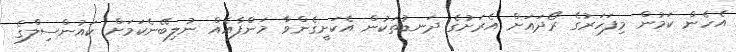
އެހެން ކަމުން މިފަހަރުގެ ރޯދައަށް އެރަށުގެ ދަނޑުތަކުން އެކަށީގެންވާ މަންފާއެއް ނުލިބޭނެކަމަށް ކައުންސިލްގެ